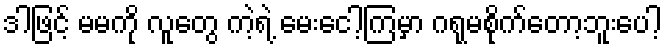
ဒါဖြင့် မမကို လူတွေ ကဲ့ရဲ့ မေးငေါ့ကြမှာ ဂရုမစိုက်တော့ဘူးပေါ့